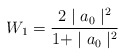
\begin{align*}W_1= \frac{2\mid a_0\mid^2}{1+ \mid a_0\mid^2}\end{align*}